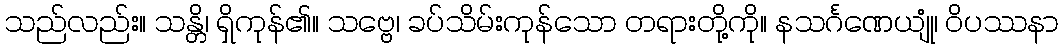
သည်လည်း။ သန္တိ၊ ရှိကုန်၏။ သဗ္ဗေ၊ ခပ်သိမ်းကုန်သော တရားတို့ကို။ နသင်္ဂဏေယျုံ၊ ဝိပဿနာ